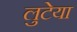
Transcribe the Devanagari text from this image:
लुटेया